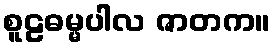
စူဠဓမ္မပါလ ဇာတက။